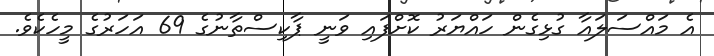
އެ މައްސަލައާ ގުޅިގެން ހައްޔަރު ކޮށްފައި ވަނީ ޕާކިސްތާނުގެ 69 އަހަރުގެ މީހެކެވެ.